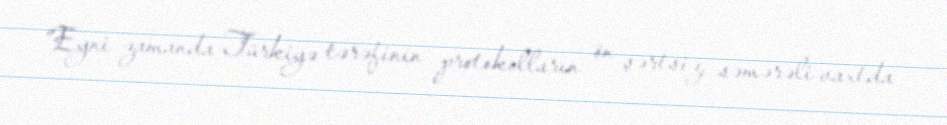
“Eyni zamanda Türkiyə tərəfinin protokolların ön şərtsiz, səmərəli vaxtda